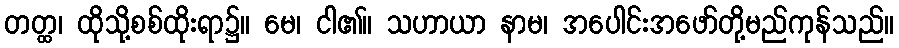
တတ္ထ၊ ထိုသို့စစ်ထိုးရာ၌။ မေ၊ ငါ၏။ သဟာယာ နာမ၊ အပေါင်းအဖော်တို့မည်ကုန်သည်။